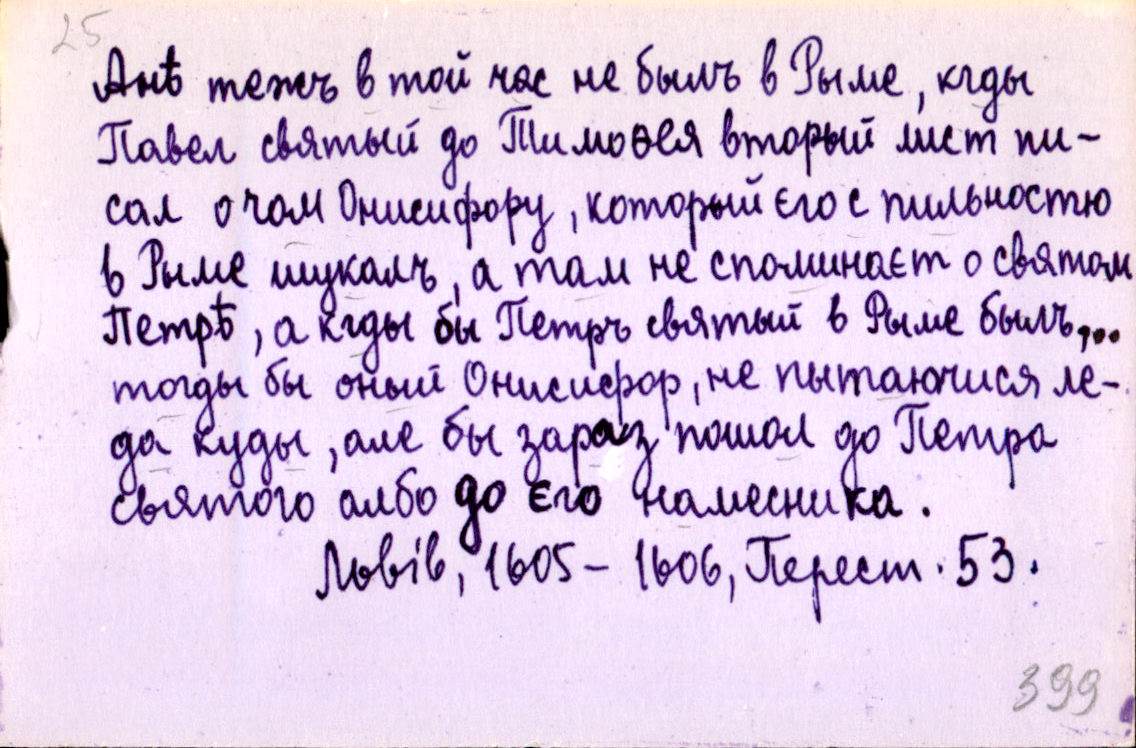
Анъ тежъ в той час не былъ в Рыме, кгды
Павел святый до Тимоѳея вторый лист пи-
сал о чом Онисифору, который єго с пильностю
в Рыме шукалъ, а там не споминаєт о святом
Петрѣ, а кгды бы Петръ святый в Рыме былъ,
тогды бы оный Онисифор, не пытаючися ле-
да куды, але бы зараз пошол до Петра
святого албо до єго намесника.
Львів, 1605-1606, Перест. 53.